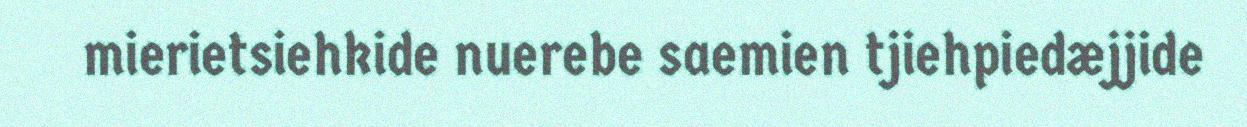
mierietsiehkide nuerebe saemien tjiehpiedæjjide